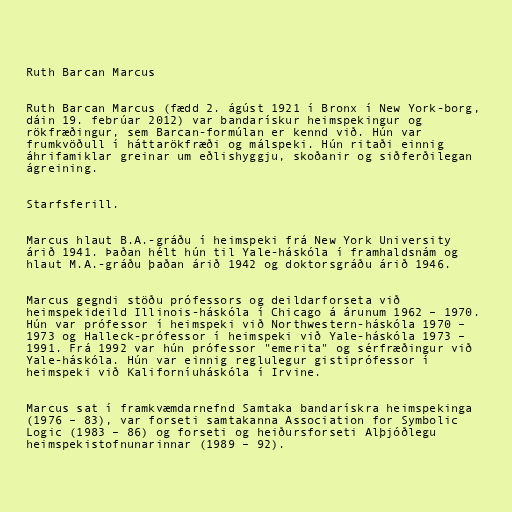
Ruth Barcan Marcus

Ruth Barcan Marcus (fædd 2. ágúst 1921 í Bronx í New York-borg,
dáin 19. febrúar 2012) var bandarískur heimspekingur og
rökfræðingur, sem Barcan-formúlan er kennd við. Hún var
frumkvöðull í háttarökfræði og málspeki. Hún ritaði einnig
áhrifamiklar greinar um eðlishyggju, skoðanir og siðferðilegan
ágreining.

Starfsferill.

Marcus hlaut B.A.-gráðu í heimspeki frá New York University
árið 1941. Þaðan hélt hún til Yale-háskóla í framhaldsnám og
hlaut M.A.-gráðu þaðan árið 1942 og doktorsgráðu árið 1946.

Marcus gegndi stöðu prófessors og deildarforseta við
heimspekideild Illinois-háskóla í Chicago á árunum 1962 – 1970.
Hún var prófessor í heimspeki við Northwestern-háskóla 1970 –
1973 og Halleck-prófessor í heimspeki við Yale-háskóla 1973 –
1991. Frá 1992 var hún prófessor "emerita" og sérfræðingur við
Yale-háskóla. Hún var einnig reglulegur gistiprófessor í
heimspeki við Kaliforníuháskóla í Irvine.

Marcus sat í framkvæmdarnefnd Samtaka bandarískra heimspekinga
(1976 – 83), var forseti samtakanna Association for Symbolic
Logic (1983 – 86) og forseti og heiðursforseti Alþjóðlegu
heimspekistofnunarinnar (1989 – 92).